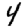
Digit: 4